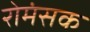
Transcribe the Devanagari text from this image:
रोमंसक